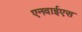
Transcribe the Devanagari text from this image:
एनवाईएस